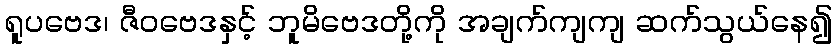
ရူပဗေဒ၊ ဇီဝဗေဒနှင့် ဘူမိဗေဒတို့ကို အချက်ကျကျ ဆက်သွယ်နေ၍